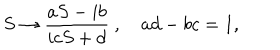
LaTeX: S \rightarrow \frac { a S - i b } { i c S + d } \ , \quad a d - b c = 1 ,